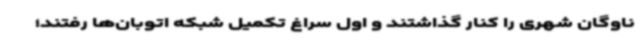
ناوگان شهری را کنار گذاشتند و اول سراغ تکمیل شبکه اتوبان‌ها رفتند؛